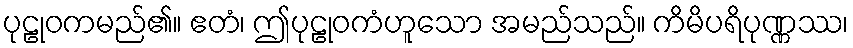
ပုဠုဝကမည်၏။ ဧတံ၊ ဤပုဠုဝကံဟူသော အမည်သည်။ ကိမိပရိပုဏ္ဏဿ၊